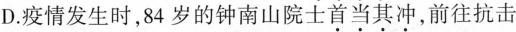
D.疫情发生时，84岁的钟南山院士首当其冲，前往抗击